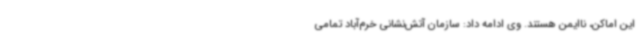
این اماکن، ناایمن هستند. وی ادامه داد: سازمان آتش‌نشانی خرم‌آباد تمامی